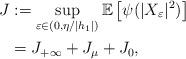
LaTeX: \begin{align*}J&:=\sup\limits_{\varepsilon\in(0,\eta/|h_1|)} \mathbb{E}\left[\psi(|X_\varepsilon|^2) \right]\\&= J_{+\infty}+ J_{\mu}+ J_{0},\end{align*}